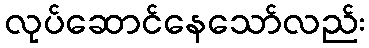
လုပ်ဆောင်နေသော်လည်း